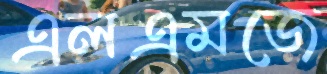
এলএমজে